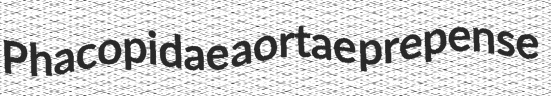
Phacopidae aortae prepense